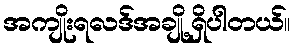
အကျိုးရလဒ်အချို့ရှိပါတယ်။